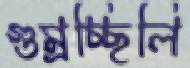
গুম্‌রচ্ছিলি